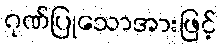
ဂုဏ်ပြုသောအားဖြင့်